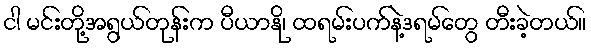
ငါ မင်းတို့အရွယ်တုန်းက ပီယာနို၊ ထရမ်းပက်နဲ့ဒရမ်တွေ တီးခဲ့တယ်။